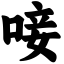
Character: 唼